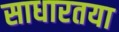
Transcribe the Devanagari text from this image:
साधारतया